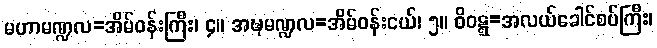
မဟာမဏ္ဍလ=အိမ်ဝန်းကြီး၊ ၄။ အဍ္ဎမဏ္ဍလ=အိမ်ဝန်းငယ်၊ ၅။ ဝိဝဋ္ဋ=အလယ်ခေါင်စပ်ကြီး၊